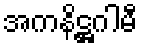
အကနိဋ္ဌဂါမီ